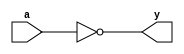
// inverter
module _inv(a, y);
	input a;
	output y;
	assign y = ~a;
endmodule

// 2-to-1 and gate
module _and2(a, b, y);
	input a, b;
	output y;
	assign y = a & b;
endmodule

// 2-to-1 nor gate
module _nor2(a, b, y);
	input a, b;
	output y;
	assign y = ~(a | b);
endmodule

// SR Latch
module _srlatch(r, s, q, q_bar);
	input r, s;
	output q, q_bar;

	_nor2 U0_nor2(.a(r), .b(q_bar), .y(q));
	_nor2 U1_nor2(.a(q), .b(s), .y(q_bar));
endmodule

// D Latch
module _dlatch(clk, d, q, q_bar);
	input clk, d;
	output q, q_bar;
	wire d_bar, r, s;

	_inv U0_inv(.a(d), .y(d_bar));
	_and2 U1_and2(.a(clk), .b(d_bar), .y(r));
	_and2 U2_and2(.a(clk), .b(d), .y(s));
	_srlatch U3_srlatch(.r(r), .s(s), .q(q), .q_bar(q_bar));
endmodule

// D Flip-Flop
module _dff(clk, d, q, q_bar);
	input clk, d;
	output q, q_bar;
	wire clk_bar, w_q;

	_inv U0_inv(.a(clk), .y(clk_bar));
	_dlatch U1_dlatch(.clk(clk_bar), .d(d), .q(w_q), .q_bar());
	_dlatch U2_dlatch(.clk(clk), .d(w_q), .q(q), .q_bar(q_bar));
endmodule

// Resettable D Flip-Flop(active-low)
module _dff_r(clk, reset_n, d, q);
	input clk, reset_n, d;
	output q;

	wire w_d;

	_and2 U0_and2(.a(d), .b(reset_n), .y(w_d));
	_dff U1_dff(.clk(clk), .d(w_d), .q(q), .q_bar());
endmodule

// 3bit Resettable D Flip-Flop(active-low)
module _dff_3_r(clk, reset_n, d, q);
	input clk, reset_n;
	input[2:0] d;
	output[2:0] q;

	_dff_r U0_dff_r(clk, reset_n, d[0], q[0]);
	_dff_r U1_dff_r(clk, reset_n, d[1], q[1]);
	_dff_r U2_dff_r(clk, reset_n, d[2], q[2]);
endmodule

// 4bit Resettable D Flip-Flop(active-low)
module _dff_4_r(clk, reset_n, d, q);
	input clk, reset_n;
	input[3:0] d;
	output[3:0] q;

	_dff_r U0_dff_r(clk, reset_n, d[0], q[0]);
	_dff_r U1_dff_r(clk, reset_n, d[1], q[1]);
	_dff_r U2_dff_r(clk, reset_n, d[2], q[2]);
	_dff_r U3_dff_r(clk, reset_n, d[3], q[3]);
endmodule

// 4bit D Flip-Flop
module _dff_4(clk, d, q);
	input clk;
	input[3:0] d;
	output[3:0] q;

	_dff U0_dff(.clk(clk), .d(d[0]), .q(q[0]), .q_bar());
	_dff U1_dff(.clk(clk), .d(d[1]), .q(q[1]), .q_bar());
	_dff U2_dff(.clk(clk), .d(d[2]), .q(q[2]), .q_bar());
	_dff U3_dff(.clk(clk), .d(d[3]), .q(q[3]), .q_bar());
endmodule

// 32bit D Flip-Flop
module _DFF32(clk, d, q);
	input clk;
	input[31:0] d;
	output[31:0] q;

	_dff_4 U0_dff_4(clk, d[3:0], q[3:0]);
	_dff_4 U1_dff_4(clk, d[7:4], q[7:4]);
	_dff_4 U2_dff_4(clk, d[11:8], q[11:8]);
	_dff_4 U3_dff_4(clk, d[15:12], q[15:12]);
	_dff_4 U4_dff_4(clk, d[19:16], q[19:16]);
	_dff_4 U5_dff_4(clk, d[23:20], q[23:20]);
	_dff_4 U6_dff_4(clk, d[27:24], q[27:24]);
	_dff_4 U7_dff_4(clk, d[31:28], q[31:28]);
endmodule